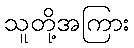
သူတို့အကြား